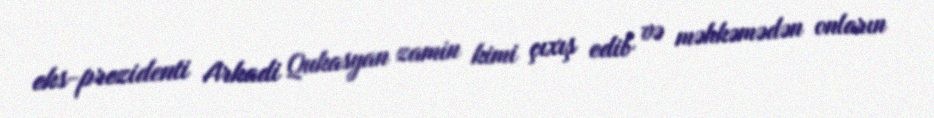
eks-prezidenti Arkadi Qukasyan zamin kimi çıxış edib və məhkəmədən onların